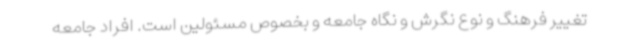
تغییر فرهنگ و نوع نگرش و نگاه جامعه و بخصوص مسئولین است. افراد جامعه